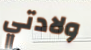
ولادتي